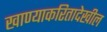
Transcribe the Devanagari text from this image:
खाण्याकरितादेखील